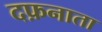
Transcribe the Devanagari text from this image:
दफ़नाता